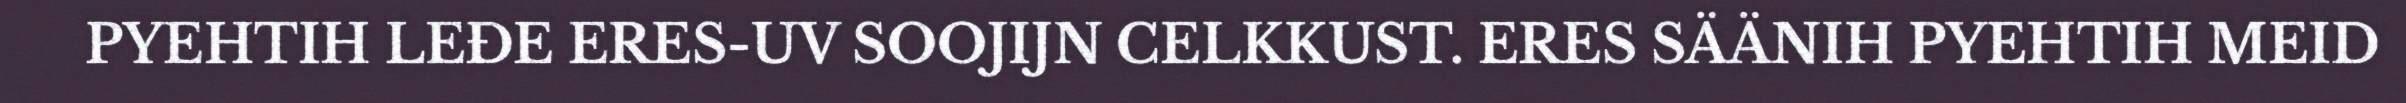
PYEHTIH LEĐE ERES-UV SOOJIJN CELKKUST. ERES SÄÄNIH PYEHTIH MEID